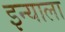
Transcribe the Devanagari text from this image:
इन्याला